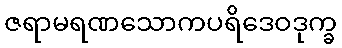
ဇရာမရဏသောကပရိဒေဝဒုက္ခ